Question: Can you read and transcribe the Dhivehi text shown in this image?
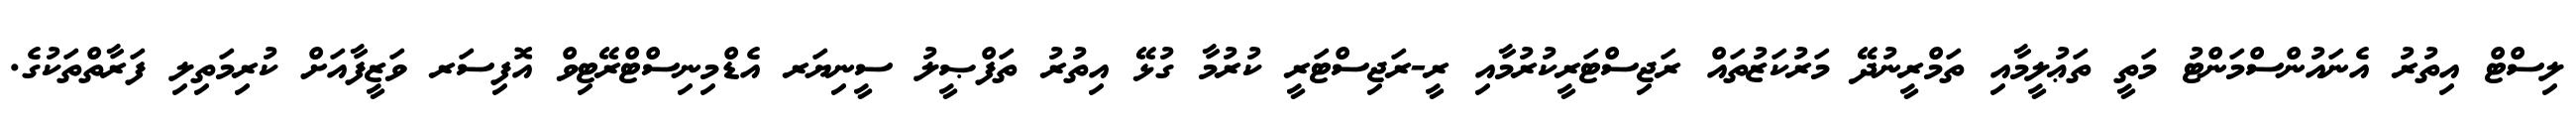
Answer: ލިސްޓް އިތުރު އެނައުންސްމަންޓު މަތީ ތަޢުލީމާއި ތަމްރީނުދޭ މަރުކަޒުތައް ރަޖިސްޓަރީކުރުމާއި ރީ-ރަޖިސްޓަރީ ކުރުމާ ގުޅޭ އިތުރު ތަފްޞީލު ސީނިޔަރ އެޑްމިނިސްޓްރޭޓިވް އޮފިސަރ ވަޒީފާއަށް ކުރިމަތިލި ފަރާތްތަކުގެ.